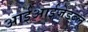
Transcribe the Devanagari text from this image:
आईआईजेडब्लू